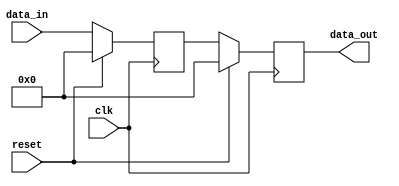
module synchronous_register (
    input wire clk,          // Clock signal
    input wire reset,        // Asynchronous reset signal
    input wire [7:0] data_in,// 8-bit input data
    output reg [7:0] data_out // 8-bit output data
);

// Internal state variable
reg [7:0] internal_state;

always @ (posedge clk) begin
    if (reset) begin
        // Reset the internal state and output on reset
        internal_state <= 8'b0; // Reset state to 0
        data_out <= 8'b0;       // Reset output to 0
    end else begin
        // Update internal state and output based on input data
        internal_state <= data_in; // Capture input data
        data_out <= internal_state; // Propagate internal state to output
    end
end

endmodule